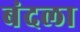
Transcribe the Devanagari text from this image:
बंदला